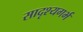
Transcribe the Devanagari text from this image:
सादृश्यगर्भ